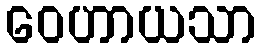
ဝေဟာယသာ